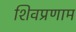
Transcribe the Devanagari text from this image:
शिवप्रणाम